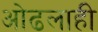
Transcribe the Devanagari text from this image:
ओढलाही